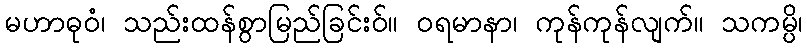
မဟာဓုဝံ၊ သည်းထန်စွာမြည်ခြင်းဝ်။ ဝရမာနာ၊ ကုန်ကုန်လျက်။ သကမ္ပိ၊